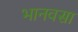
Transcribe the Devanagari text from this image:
भानवसा